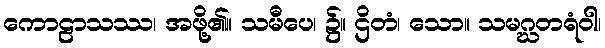
ကောဠာသဿ၊ အဖို့၏။ သမီပေ၊ ၌။ ဌိတံ၊ သော။ သမဂ္ဃတရံဝါ၊